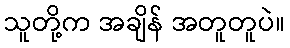
သူတို့က အချိန် အတူတူပဲ။